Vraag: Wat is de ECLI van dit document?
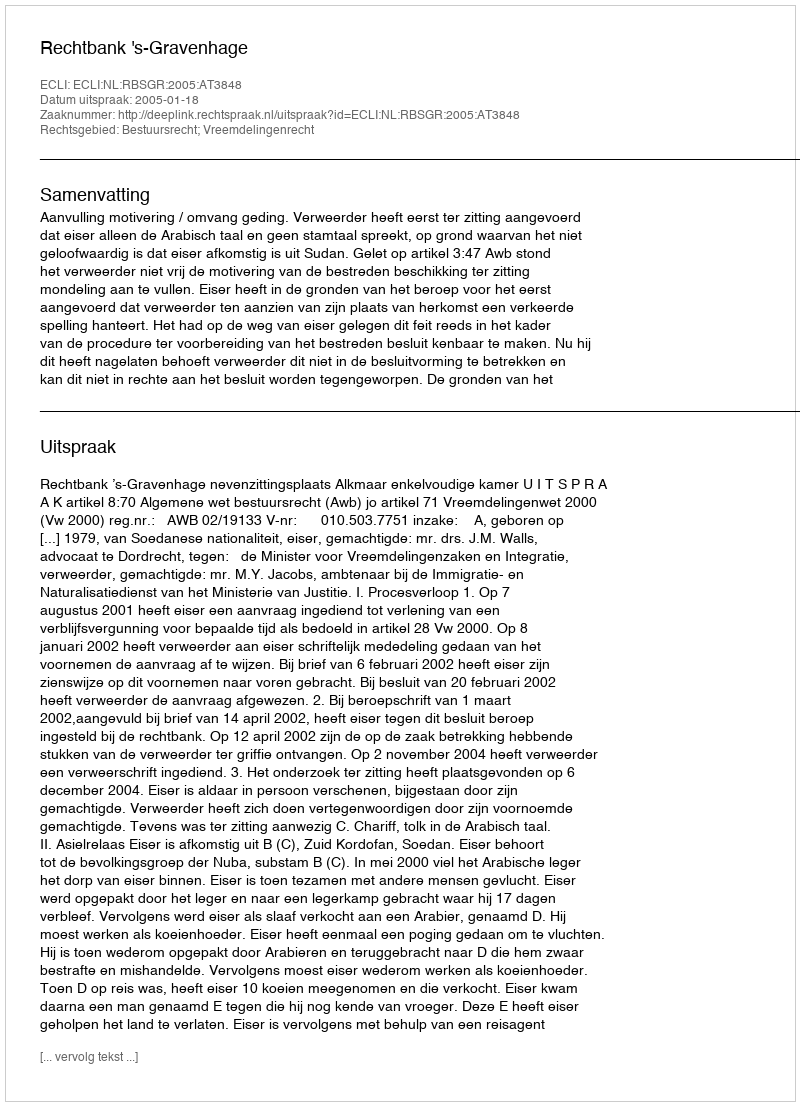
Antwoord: ECLI:NL:RBSGR:2005:AT3848